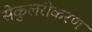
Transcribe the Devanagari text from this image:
सेकुलरीकरण